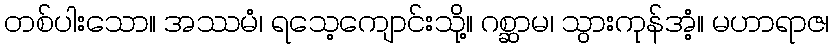
တစ်ပါးသော။ အဿမံ၊ ရသေ့ကျောင်းသို့။ ဂစ္ဆာမ၊ သွားကုန်အံ့။ မဟာရာဇ၊